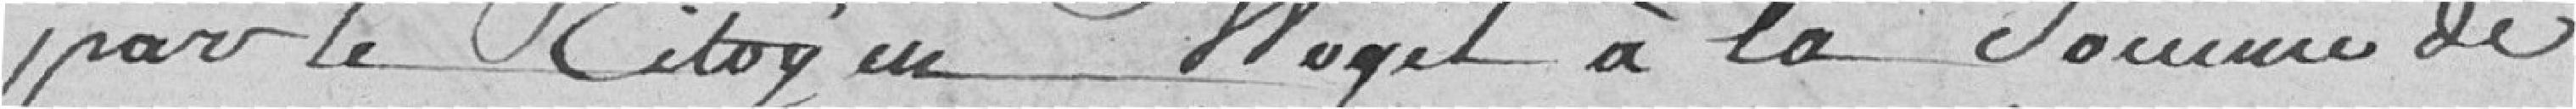
par le citoyen Huget à la somme de